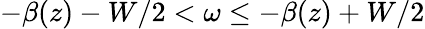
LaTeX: -\beta(z)-W/2<\omega\le-\beta(z)+W/2